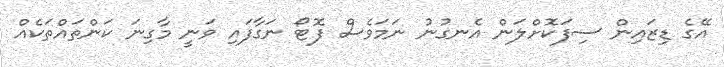
އޭގެ ޑިޒައިން ސިފަކޮށްލަން އެނގުނު ނަމަވެސް ފޮޓޯ ނަގާފައި ވަނީ މާގިނަ ކަންތައްތަކެއް